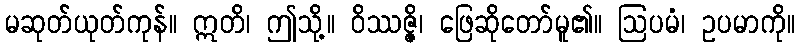
မဆုတ်ယုတ်ကုန်။ ဣတိ၊ ဤသို့။ ဝိဿဇ္ဇိ၊ ဖြေဆိုတော်မူ၏။ ဩပမံ၊ ဥပမာကို။